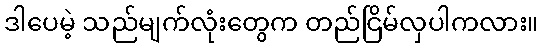
ဒါပေမဲ့ သည်မျက်လုံးတွေက တည်ငြိမ်လှပါကလား။